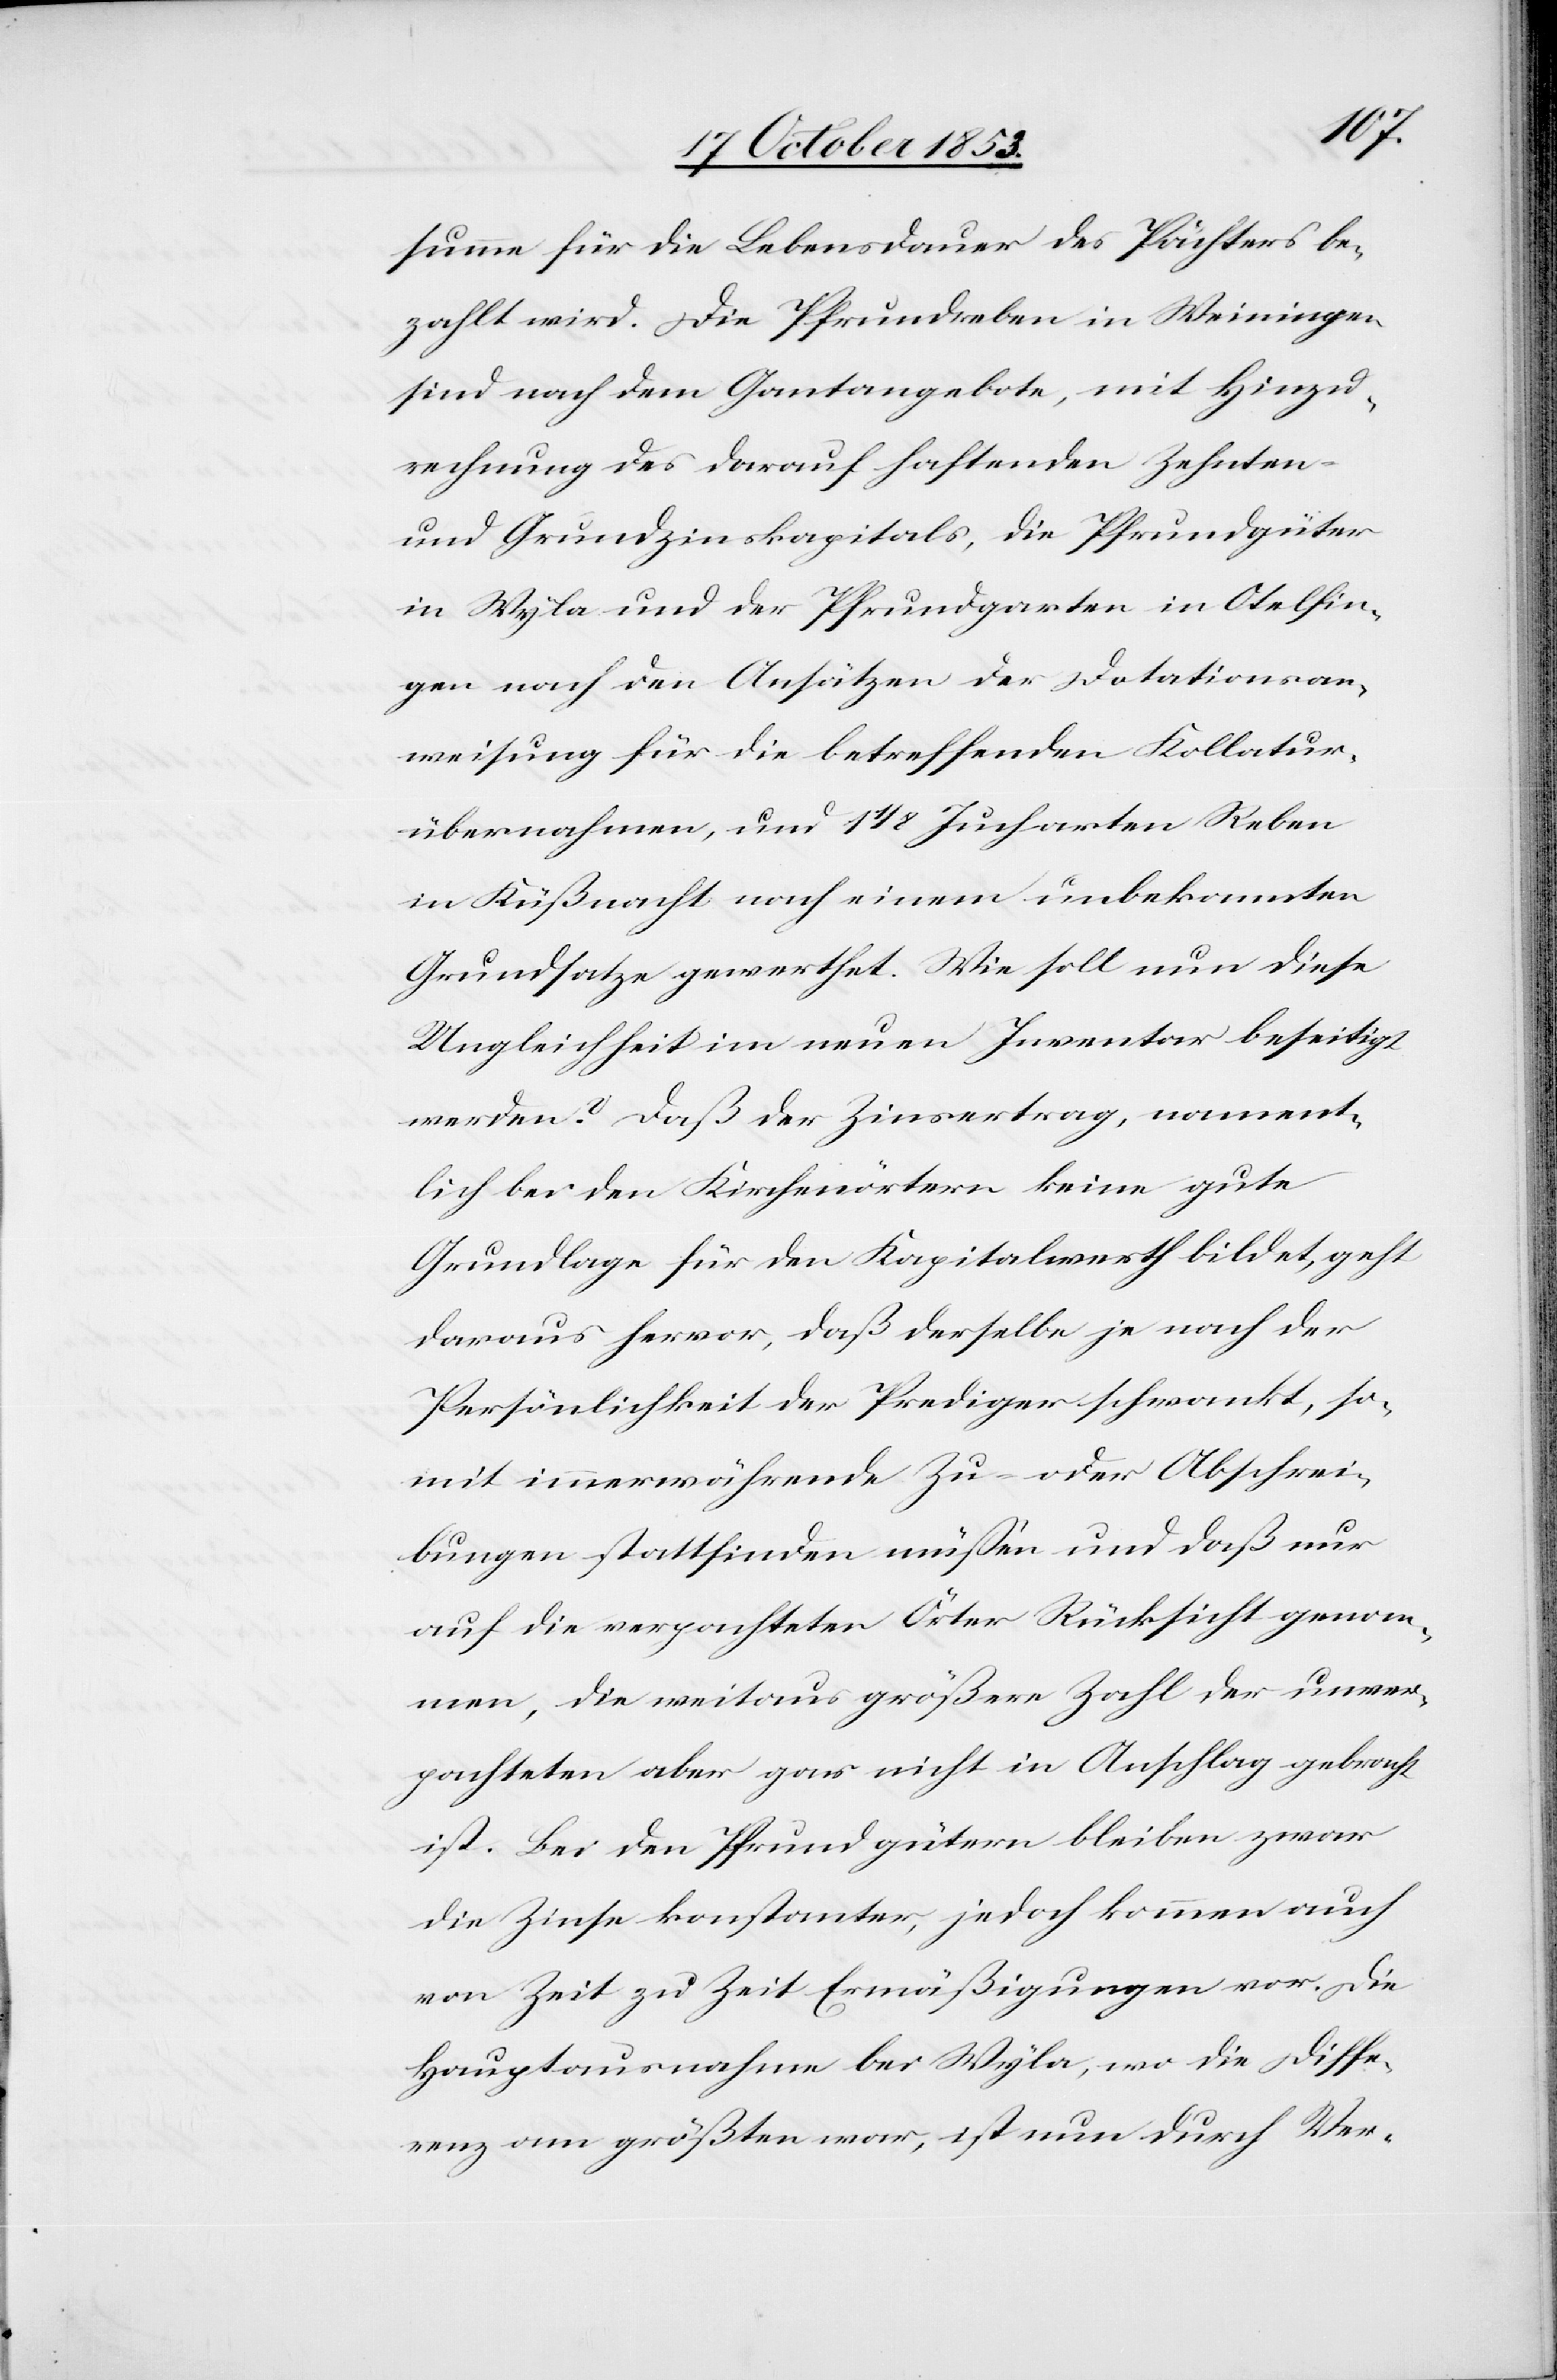
summe für die Lebensdauer des Pächters be¬
zahlt wird. Die Pfrundreben in Weiningen
sind nach dem Gantangebote, mit Hinzu¬
rechnung des darauf haftenden Zehnten-
und Grundzinskapitals, die Pfrundgüter
in Wyla und der Pfrundgarten in Otelfin¬
gen nach den Ansätzen der Dotationsan¬
weisung für die betreffenden Kollatur¬
übernahmen, 1 1/8 Jucharten Reben
in Küßnacht nach einem unbedeutenden
Grundsatze gewerthet. Wie soll nun diese
Ungleichheit im neuen Inventar beseitigt
werden? Daß der Zinsertrag, nament¬
lich bei den Kirchenwärtern keine gute
Grundlage für den Kapitalwerth bildet, geht
daraus hervor, daß derselbe je nach der
Persönlichkeit der Prediger schwankt, so¬
mit immerwährende Zu- oder Abschrei¬
bungen stattfinden müßen und daß nur
auf die verpachteten Örter Rücksicht genom¬
men, die weitaus größere Zahl der unver¬
pachteten aber gar nicht in Anschlag gebracht
ist. Bei den Pfrundgütern kommen zwar
von Zeit zu Zeit Ermäßigungen vor. Die
Hauptausnahme bei Wyla, wo die Diffe¬
renz am größten war, ist nun durch Ver-